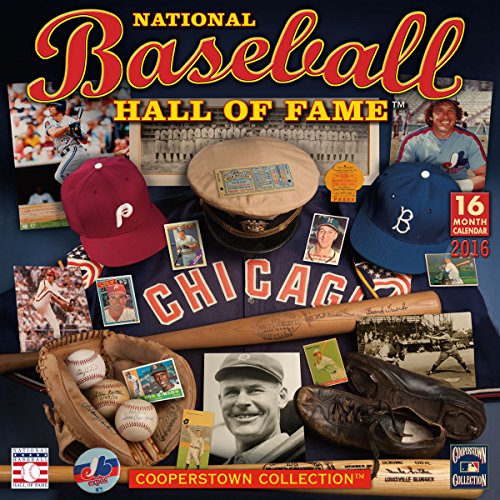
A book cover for Baseball Hall of Fame 2016 Wall Calendar (Coppertowns Collection); National Baseball Hall of Fame; Calendars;